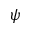
\psi